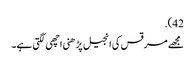
42).
مجھے مرقس کی انجیل پڑھنی اچھی لگتی ہے۔